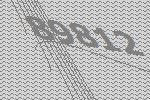
89812